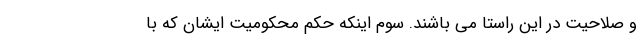
و صلاحیت در این راستا می باشند. سوم اینکه حکم محکومیت ایشان که با